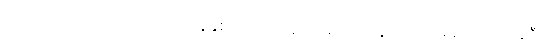
ဒေါ်နာ ကာလေလ် ဟာ ၂၀၁၇ ခုနှစ်က ရေထိန်းသိမ်းရေး ခရိုင်က ငှားရမ်းခဲ့တဲ့ ကနဦး